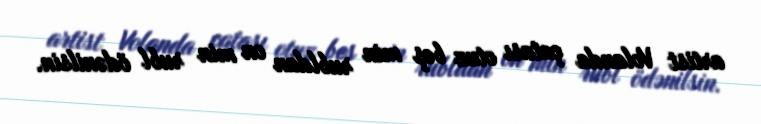
artist Volanda çatası otuz beş min rubldan on min rubl ödənilsin.